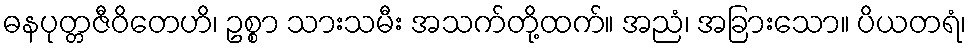
ဓနပုတ္တဇီဝိတေဟိ၊ ဥစ္စာ သားသမီး အသက်တို့ထက်။ အညံ၊ အခြားသော။ ပိယတရံ၊